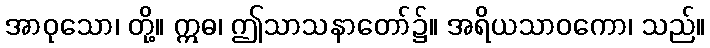
အာဝုသော၊ တို့။ ဣဓ၊ ဤသာသနာတော်၌။ အရိယသာဝကော၊ သည်။